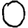
Digit: 0